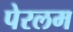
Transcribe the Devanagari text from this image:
पेरलम